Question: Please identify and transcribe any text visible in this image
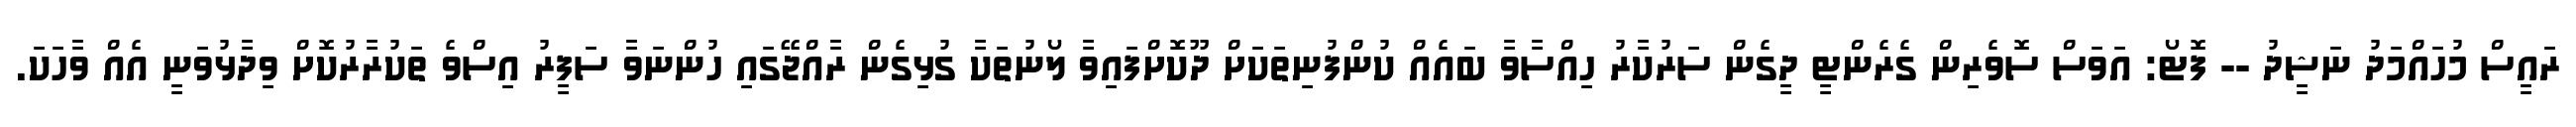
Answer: ރައީސް މުހައްމަދު ނަޝީދު -- ފޮޓޯ: އަވަސް ސޮވެރިން ގެރެންޓީ ދީގެން ސަރުކާރު ހިއްސާވާ ބައެއް ކުންފުނިތަކަށް ދޫކޮށްފައިވާ ލޯނުތަކާ ގުޅިގެން ރާއްޖޭގައި ހުންނަވާ ސަފީރު އިސްވެ ތަކުރާރުކޮށް ވިދާޅުވަނީ އެއް ވާހަކަ.